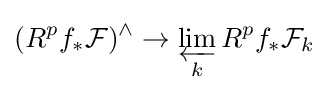
(R^{p}f_{*}{\mathcal {F}})^{\wedge }\to \varprojlim _{k}R^{p}f_{*}{\mathcal {F}}_{k}